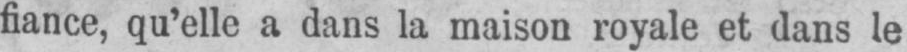
fiance, qu’elle a dans la maison royale et dans le